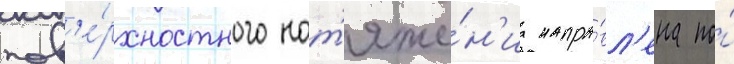
пов'е́рхностного нат'яже́н'иа напра́вл'ена по́